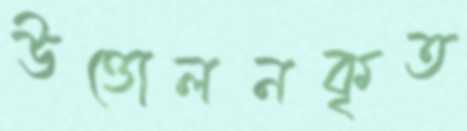
উত্তোলনকৃত